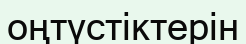
оңтүстіктерін